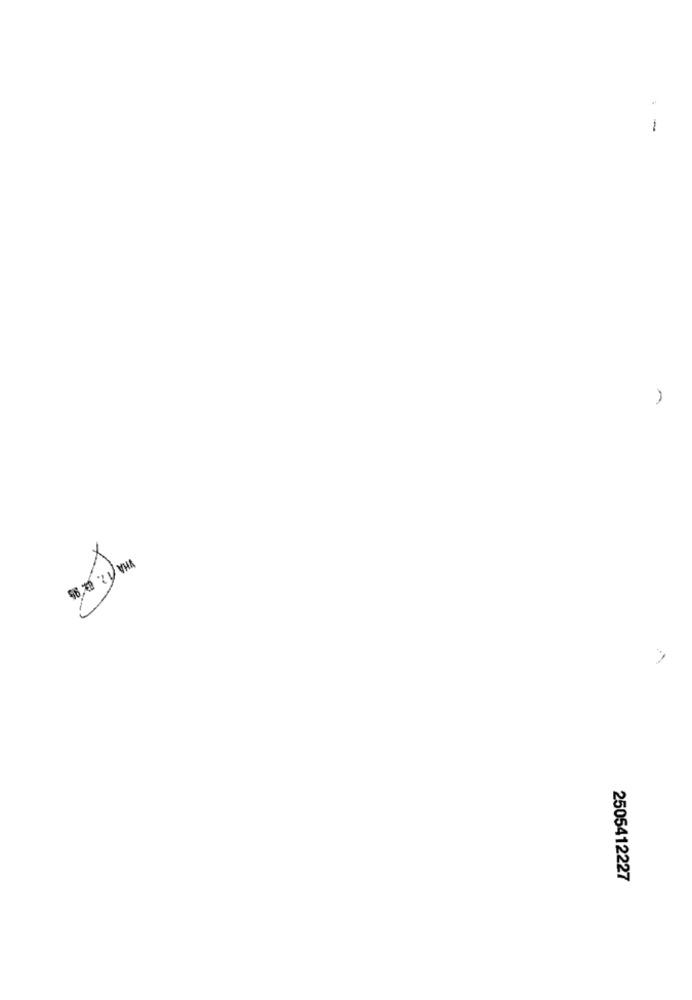
-
2505412227